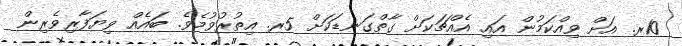
10ރ. އަށް ވިއްކަމުން އައި އެއްޗަކަށް ގާތްގަނޑަކަށް 5ރ. އިތުރުވުމެވެ. ބައެއް ވިޔަފާރިވެރިން